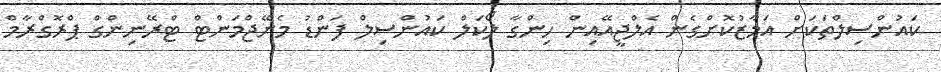
ކައުންސިލްތަކަށް އަމާޒުކޮށްގެން އެލްޖީއޭއިން ހިންގާ ލޯކަލް ކައުންސިލް ފަންޑު މެނޭޖްމަންޓް ޓްރޭނިންގް ޕްރޮގްރާމް